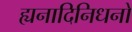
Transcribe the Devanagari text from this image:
ह्यनादिनिधनो